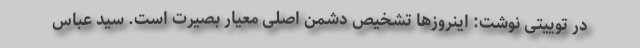
در توییتی نوشت: اینروزها تشخیص دشمن اصلی معیار بصیرت است. سید عباس